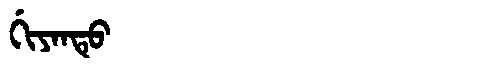
Manchu: ᡤᡳᠶᠠᠨᡨᡠ
Romanization: GIYANTU